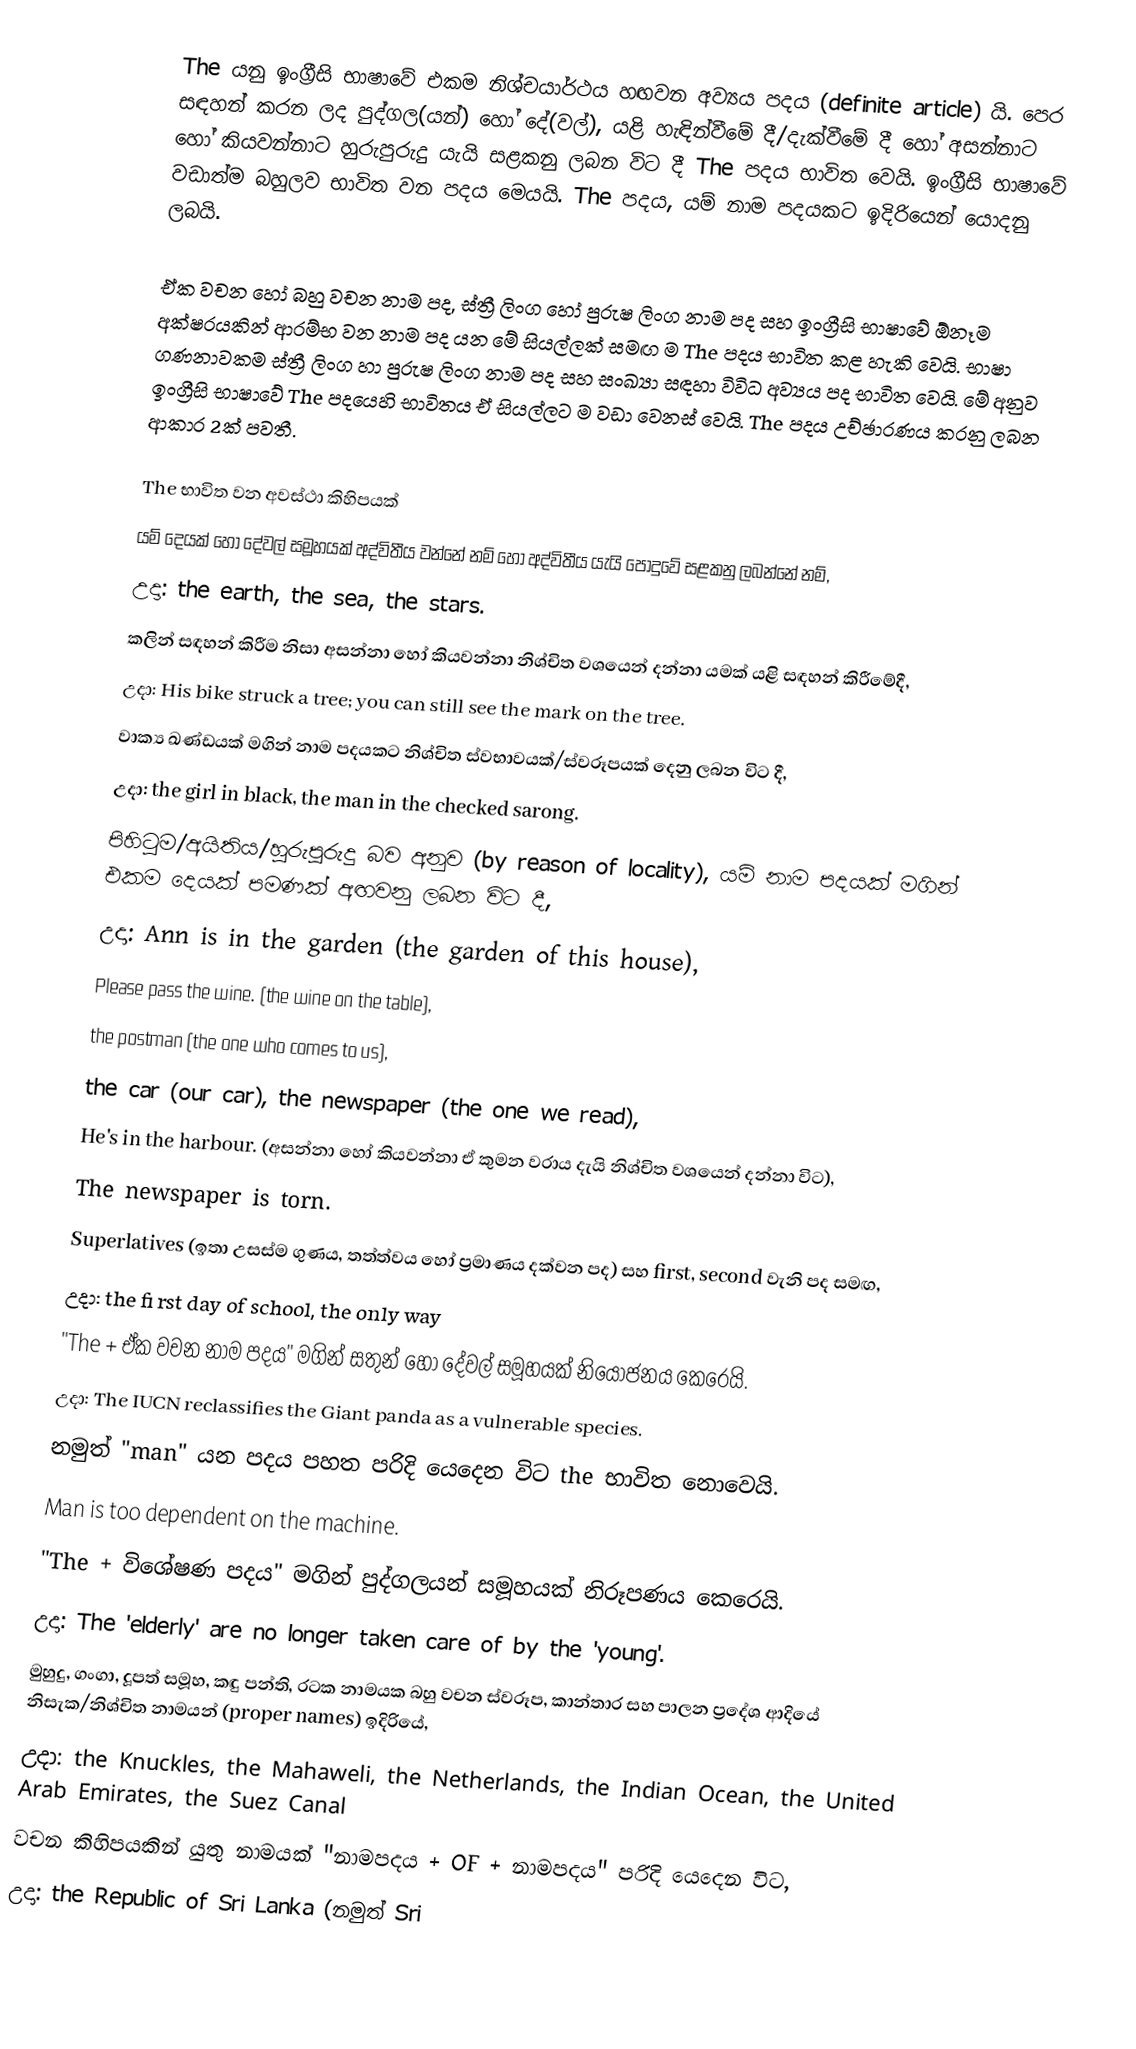
The යනු ඉංග්‍රීසි භාෂාවේ එකම නිශ්චයාර්ථය හඟවන අව්‍යය පදය (definite article) යි. පෙර සඳහන් කරන ලද පුද්ගල(යන්) හෝ දේ(වල්), යළි හැඳින්වීමේ දී/දැක්වීමේ දී හෝ අසන්නාට හෝ කියවන්නාට හුරුපුරුදු යැයි සළකනු ලබන විට දී The පදය භාවිත වෙයි. ඉංග්‍රීසි භාෂාවේ වඩාත්ම බහුලව භාවිත වන පදය මෙයයි. The පදය, යම් නාම පදයකට ඉදිරියෙන් යොදනු ලබයි.

ඒක වචන හෝ බහු වචන නාම පද, ස්ත්‍රී ලිංග හෝ පුරුෂ ලිංග නාම පද සහ ඉංග්‍රීසි භාෂාවේ ඕනෑම අක්ෂරයකින් ආරම්භ වන නාම පද යන මේ සියල්ලක් සමඟ ම The පදය භාවිත කළ හැකි වෙයි. භාෂා ගණනාවකම ස්ත්‍රී ලිංග හා පුරුෂ ලිංග නාම පද සහ සංඛ්‍යා සඳහා විවිධ අව්‍යය පද භාවිත වෙයි. මේ අනුව ඉංග්‍රීසි භාෂාවේ The පදයෙහි භාවිතය  ඒ  සියල්ලට ම වඩා වෙනස් වෙයි. The පදය උච්ඡාරණය කරනු ලබන ආකාර 2ක් පවතී.

The භාවිත වන අවස්ථා කිහිපයක්
යම් දෙයක් හෝ දේවල් සමූහයක් අද්විතීය වන්නේ නම් හෝ අද්විතීය යැයි පොදුවේ සළකනු ලබන්නේ නම්,
උදා: the earth, the sea, the stars.
කලින් සඳහන් කිරීම නිසා අසන්නා හෝ කියවන්නා නිශ්චිත වශයෙන් දන්නා යමක් යළි සඳහන් කිරීමේදී,
උදා: His bike struck a tree; you can still see the mark on the tree.
වාක්‍ය ඛණ්ඩයක් මගින් නාම පදයකට නිශ්චිත ස්වභාවයක්/ස්වරූපයක් දෙනු ලබන විට දී,
උදා: the girl in black, the man in the checked sarong.
පිහිටුම/අයිතිය/හුරුපුරුදු බව අනුව (by reason of locality), යම් නාම පදයක් මගින් එකම දෙයක් පමණක් අඟවනු ලබන විට දී,
උදා: Ann is in the garden (the garden of this house),
Please pass the wine. (the wine on the table),
the postman (the one who comes to us),
the car (our car), the newspaper (the one we read),
He's in the harbour. (අසන්නා හෝ කියවන්නා ඒ කුමන වරාය දැයි නිශ්චිත වශයෙන් දන්නා විට),
The newspaper is torn.
Superlatives (ඉතා උසස්ම ගුණය, තත්ත්වය හෝ ප්‍රමාණය දක්වන පද) සහ first, second වැනි පද සමඟ,
උදා: the first day of school, the only way
"The + ඒක වචන නාම පදය" මගින් සතුන් හෝ දේවල් සමූහයක් නියෝජනය කෙරෙයි.
උදා: The IUCN reclassifies the Giant panda as a vulnerable species.
නමුත් "man"  යන පදය පහත පරිදි යෙදෙන විට the භාවිත නොවෙයි.
Man is too dependent on the machine.
"The + විශේෂණ පදය" මගින් පුද්ගලයන් සමූහයක් නිරූපණය කෙරෙයි.
උදා: The 'elderly' are no longer taken care of by the 'young'.
මුහුදු, ගංගා, දූපත් සමූහ, කඳු පන්ති, රටක නාමයක බහු වචන ස්වරූප, කාන්තාර සහ පාලන ප්‍රදේශ ආදියේ නිසැක/නිශ්චිත නාමයන් (proper names) ඉදිරියේ,
උදා: the Knuckles, the Mahaweli, the Netherlands, the Indian Ocean, the United Arab Emirates, the Suez Canal
වචන කිහිපයකින් යුතු නාමයක් "නාමපදය + OF + නාමපදය" පරිදි යෙදෙන විට,
උදා: the Republic of Sri Lanka (නමුත් Sri